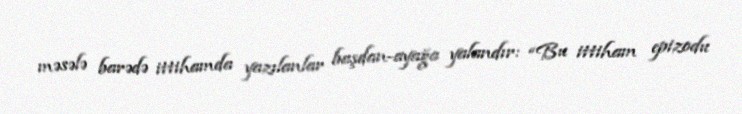
məsələ barədə ittihamda yazılanlar başdan-ayağa yalandır: “Bu ittiham epizodu